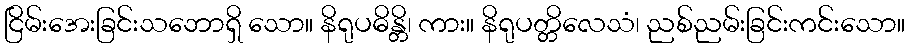
ငြိမ်းအေးခြင်းသဘောရှိ သော။ နိရုပဓိန္တိ၊ ကား။ နိရုပတ္တိလေသံ၊ ညစ်ညမ်းခြင်းကင်းသော။